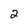
Character: 2